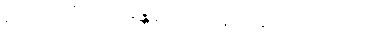
ရထားလိုင်း - မန္တလေး-ရန်ကုန် အမှတ် ၁၀